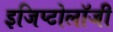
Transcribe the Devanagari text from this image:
इजिप्टोलॉजी